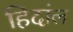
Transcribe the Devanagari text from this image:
हिदांल